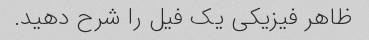
ظاهر فیزیکی یک فیل را شرح دهید.